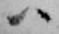
ハ